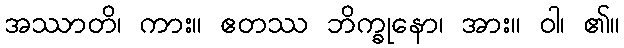
အဿာတိ၊ ကား။ ဧတဿ ဘိက္ခုနော၊ အား။ ဝါ၊ ၏။